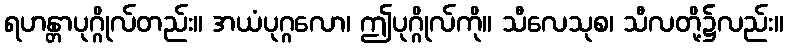
ရဟန္တာပုဂ္ဂိုလ်တည်း။ အယံပုဂ္ဂလော၊ ဤပုဂ္ဂိုလ်ကို။ သီလေသုစ၊ သီလတို့၌လည်း။